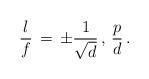
LaTeX: \begin{align*}{l \over f} \, = \, \pm {1 \over {\sqrt{d}}} \, , \, {p \over d} \, .\end{align*}